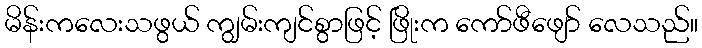
မိန်းကလေးသဖွယ် ကျွမ်းကျင်စွာဖြင့် ဖြိုးက ကော်ဖီဖျော် လေသည်။